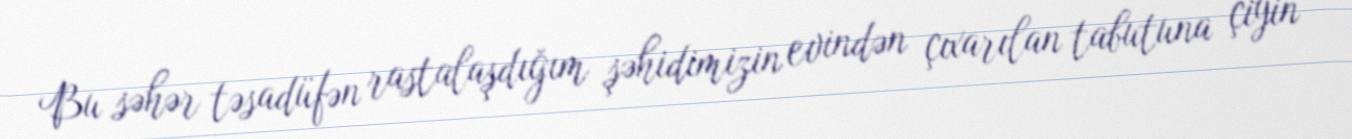
Bu səhər təsadüfən rastalaşdığım şəhidimizin evindən çıxarılan tabutuna çiyin